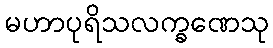
မဟာပုရိသလက္ခဏေသု